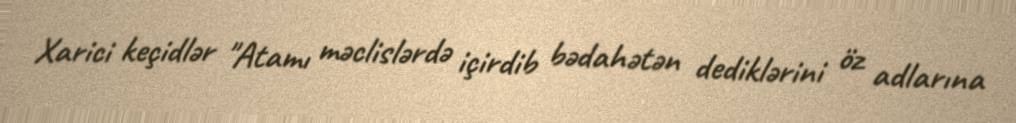
Xarici keçidlər "Atamı məclislərdə içirdib bədahətən dediklərini öz adlarına